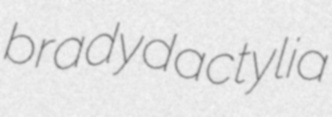
bradydactylia